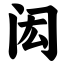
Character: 闳